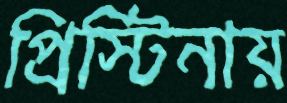
প্রিস্টিনায়